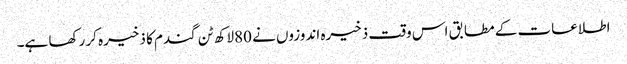
اطلاعات کے مطابق اس وقت ذخیرہ اندوزوں نے 80لاکھ ٹن گندم کا ذخیرہ کر رکھا ہے۔